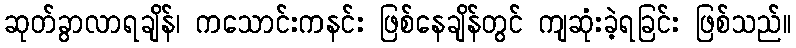
ဆုတ်ခွာလာရချိန်၊ ကသောင်းကနင်း ဖြစ်နေချိန်တွင် ကျဆုံးခဲ့ရခြင်း ဖြစ်သည်။